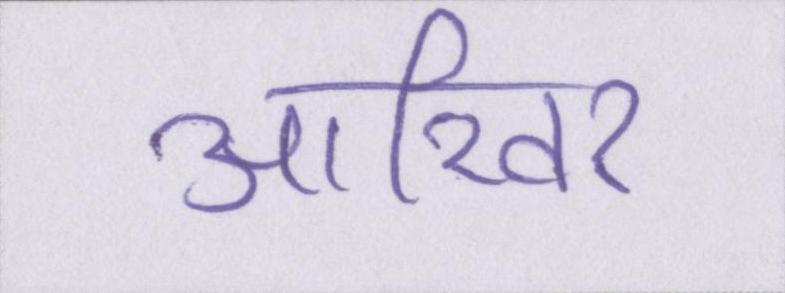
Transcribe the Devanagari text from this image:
आखिर